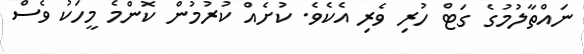
ނައްތާލުމުގެ ގަޓް ހުރި ވެރި އެކެވެ. ކުށެއް ކުރުމުން ކޮންމެ މީހަކު ވެސް